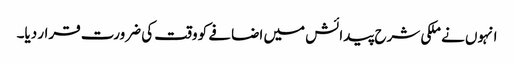
انہوں نے ملکی شرح پیدائش میں اضافے کو وقت کی ضرورت قرار دیا۔